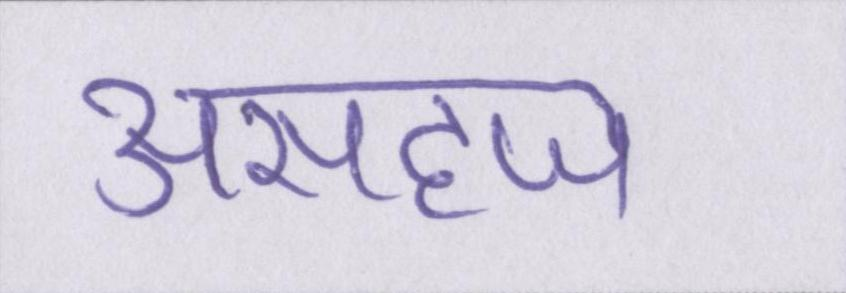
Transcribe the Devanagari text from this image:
असहज